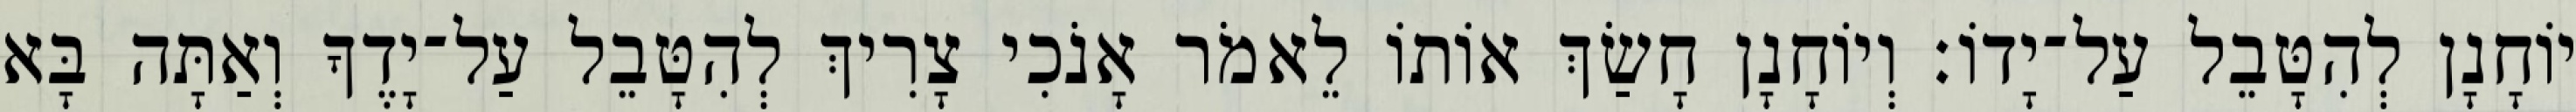
יוֹחָנָן לְהִטָּבֵל עַל־יָדוֹ׃ וְיוֹחָנָן חָשַׂךְ אוֹתוֹ לֵאמֹר אָנֹכִי צָרִיךְ לְהִטָּבֵל עַל־יָדֶךָ וְאַתָּה בָּא